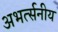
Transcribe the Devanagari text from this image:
अभर्त्सनीय